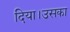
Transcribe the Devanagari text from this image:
दिया।उसका